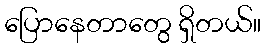
ပြောနေတာတွေ ရှိတယ်။